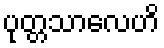
ပုတ္တသာလေဟိ